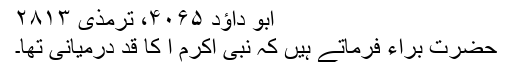
ابو داؤد ۴۰۶۵، ترمذی ۲۸۱۳
حضرت براء فرماتے ہیں کہ نبی اکرم ا کا قد درمیانی تھا۔